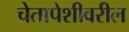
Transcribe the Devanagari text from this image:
चेतापेशीवरील